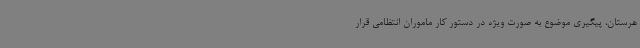
هرستان، پیگیری موضوع به صورت ویژه در دستور کار ماموران انتظامی قرار